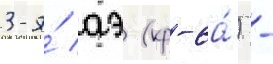
3-я́ аэ (кр-6а́) -